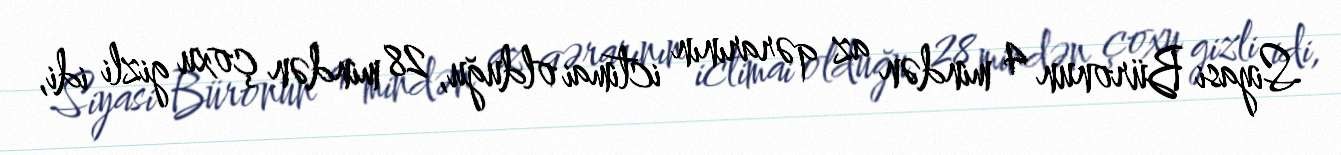
Siyasi Büronun 4 mindən az qərarının ictimai olduğu, 28 mindən çoxu gizli idi,